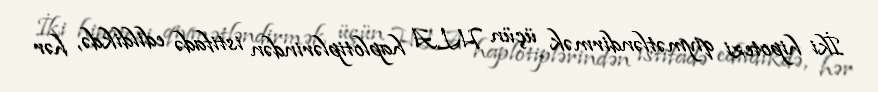
İki hipotezi qiymətləndirmək üçün HLA haplotiplərindən istifadə edildikdə, hər